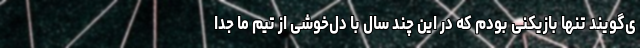
ی‌گویند تنها بازیکنی بودم که در این چند سال با دل‌خوشی از تیم ما جدا